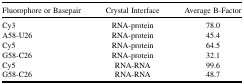
<table><thead><tr><td><b>Fluorophore or Basepair</b></td><td><b>Crystal Interface</b></td><td><b>Average B-Factor</b></td></tr></thead><tbody><tr><td>Cy3</td><td>RNA-protein</td><td>78.0</td></tr><tr><td>A58-U26</td><td>RNA-protein</td><td>45.4</td></tr><tr><td>Cy5</td><td>RNA-protein</td><td>64.5</td></tr><tr><td>G58-C26</td><td>RNA-protein</td><td>32.1</td></tr><tr><td>Cy5</td><td>RNA-RNA</td><td>99.6</td></tr><tr><td>G58-C26</td><td>RNA-RNA</td><td>48.7</td></tr></tbody></table>